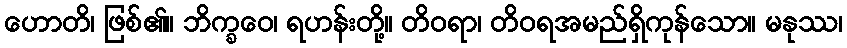
ဟောတိ၊ ဖြစ်၏။ ဘိက္ခဝေ၊ ရဟန်းတို့။ တိဝရာ၊ တိဝရအမည်ရှိကုန်သော။ မနုဿ၊